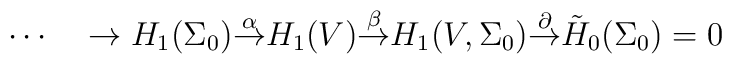
\cdots\quad\rightarrow H_1(\Sigma_0){\buildrel\alpha\over\rightarrow}H_1(V){\buildrel\beta\over\rightarrow} H_1(V,\Sigma_0){\buildrel\partial\over\rightarrow}{\tilde H_0}(\Sigma_0)=0\quad